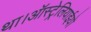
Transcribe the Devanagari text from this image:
था।ऑस्ट्रेलियाईयो